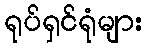
ရုပ်ရှင်ရုံများ